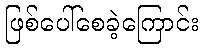
ဖြစ်ပေါ်စေခဲ့ကြောင်း